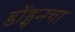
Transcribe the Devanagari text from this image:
डॉड्सनचा